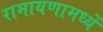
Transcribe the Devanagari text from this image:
रामायणामध्यें